Scottish Leaving Certificate Examination, 1955
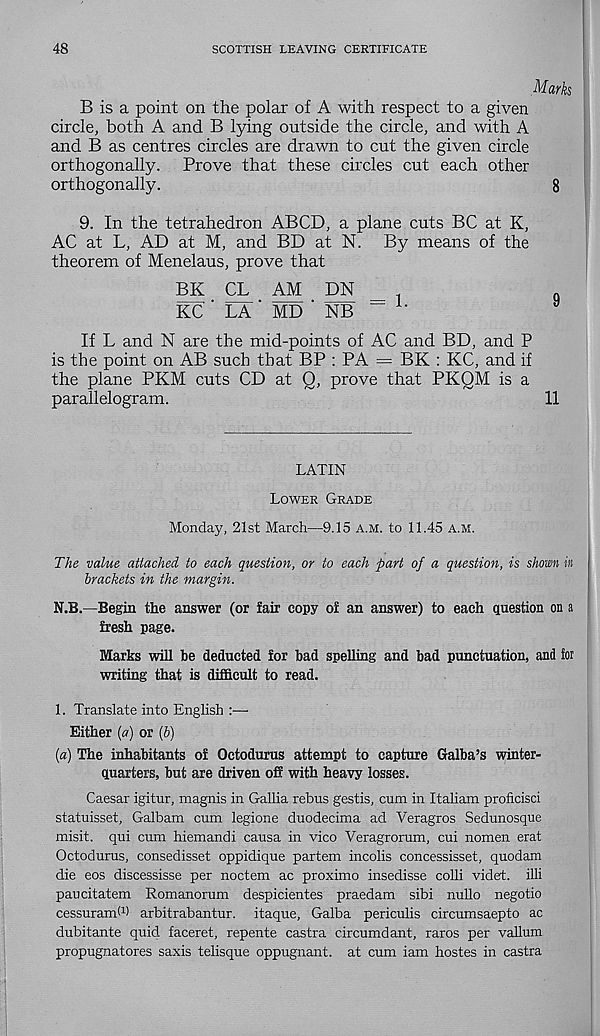
48
SCOTTISH LEAVING CERTIFICATE
Marks
B is a point on the polar of A with respect to a given
circle, both A and B lying outside the circle, and with A
and B as centres circles are drawn to cut the given circle
orthogonally. Prove that these circles cut each other
orthogonally.
9. In the tetrahedron ABCD, a plane cuts BC at K,
AC at L, AD at M, and BD at N. By means of the
theorem of Menelaus, prove that
BK CL AM DN
KC ' LA ' MD ' NB " 1 ‘
If L and N are the mid-points of AC and BD, and P
is the point on AB such that BP : PA = BK : KC, and if
the plane PKM cuts CD at Q, prove that PKQM is a
parallelogram.
LATIN
Lower Grade
Monday, 21st March—9.15 a.m. to 11.45 A.M.
The value attached to each question, or to each part of a question, is shown in
brackets in the margin.
N.B.—Begin the answer (or lair copy of an answer) to each question on a
fresh page.
Marks will be deducted for bad spelling and bad punctuation, and for
writing that is difficult to read.
1. Translate into English :—
Either {a) or (b)
(a) The inhabitants of Octodurus attempt to capture Galba’s winter-
quarters, but are driven off with heavy losses.
Caesar igitur, magnis in Gallia rebus gestis, cum in Italiam proficisci
statuisset, Galbam cum legione duodecima ad Veragros Sedunosque
misit. qui cum hiemandi causa in vico Veragrorum, cui nomen erat
Octodurus, consedisset oppidique partem incolis concessisset, quodam
die eos discessisse per noctem ac proximo insedisse colli videt. illi
paucitatem Romanorum despicientes praedam sibi nullo negotio
cessuramd) arbitrabantur. itaque, Galba periculis circumsaepto ac
dubitante quid faceret, repente castra circumdant, raros per vallum
propugnatores saxis telisque oppugnant. at cum iam hostes in castra
8
9
11